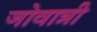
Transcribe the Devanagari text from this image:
जोवान्नी